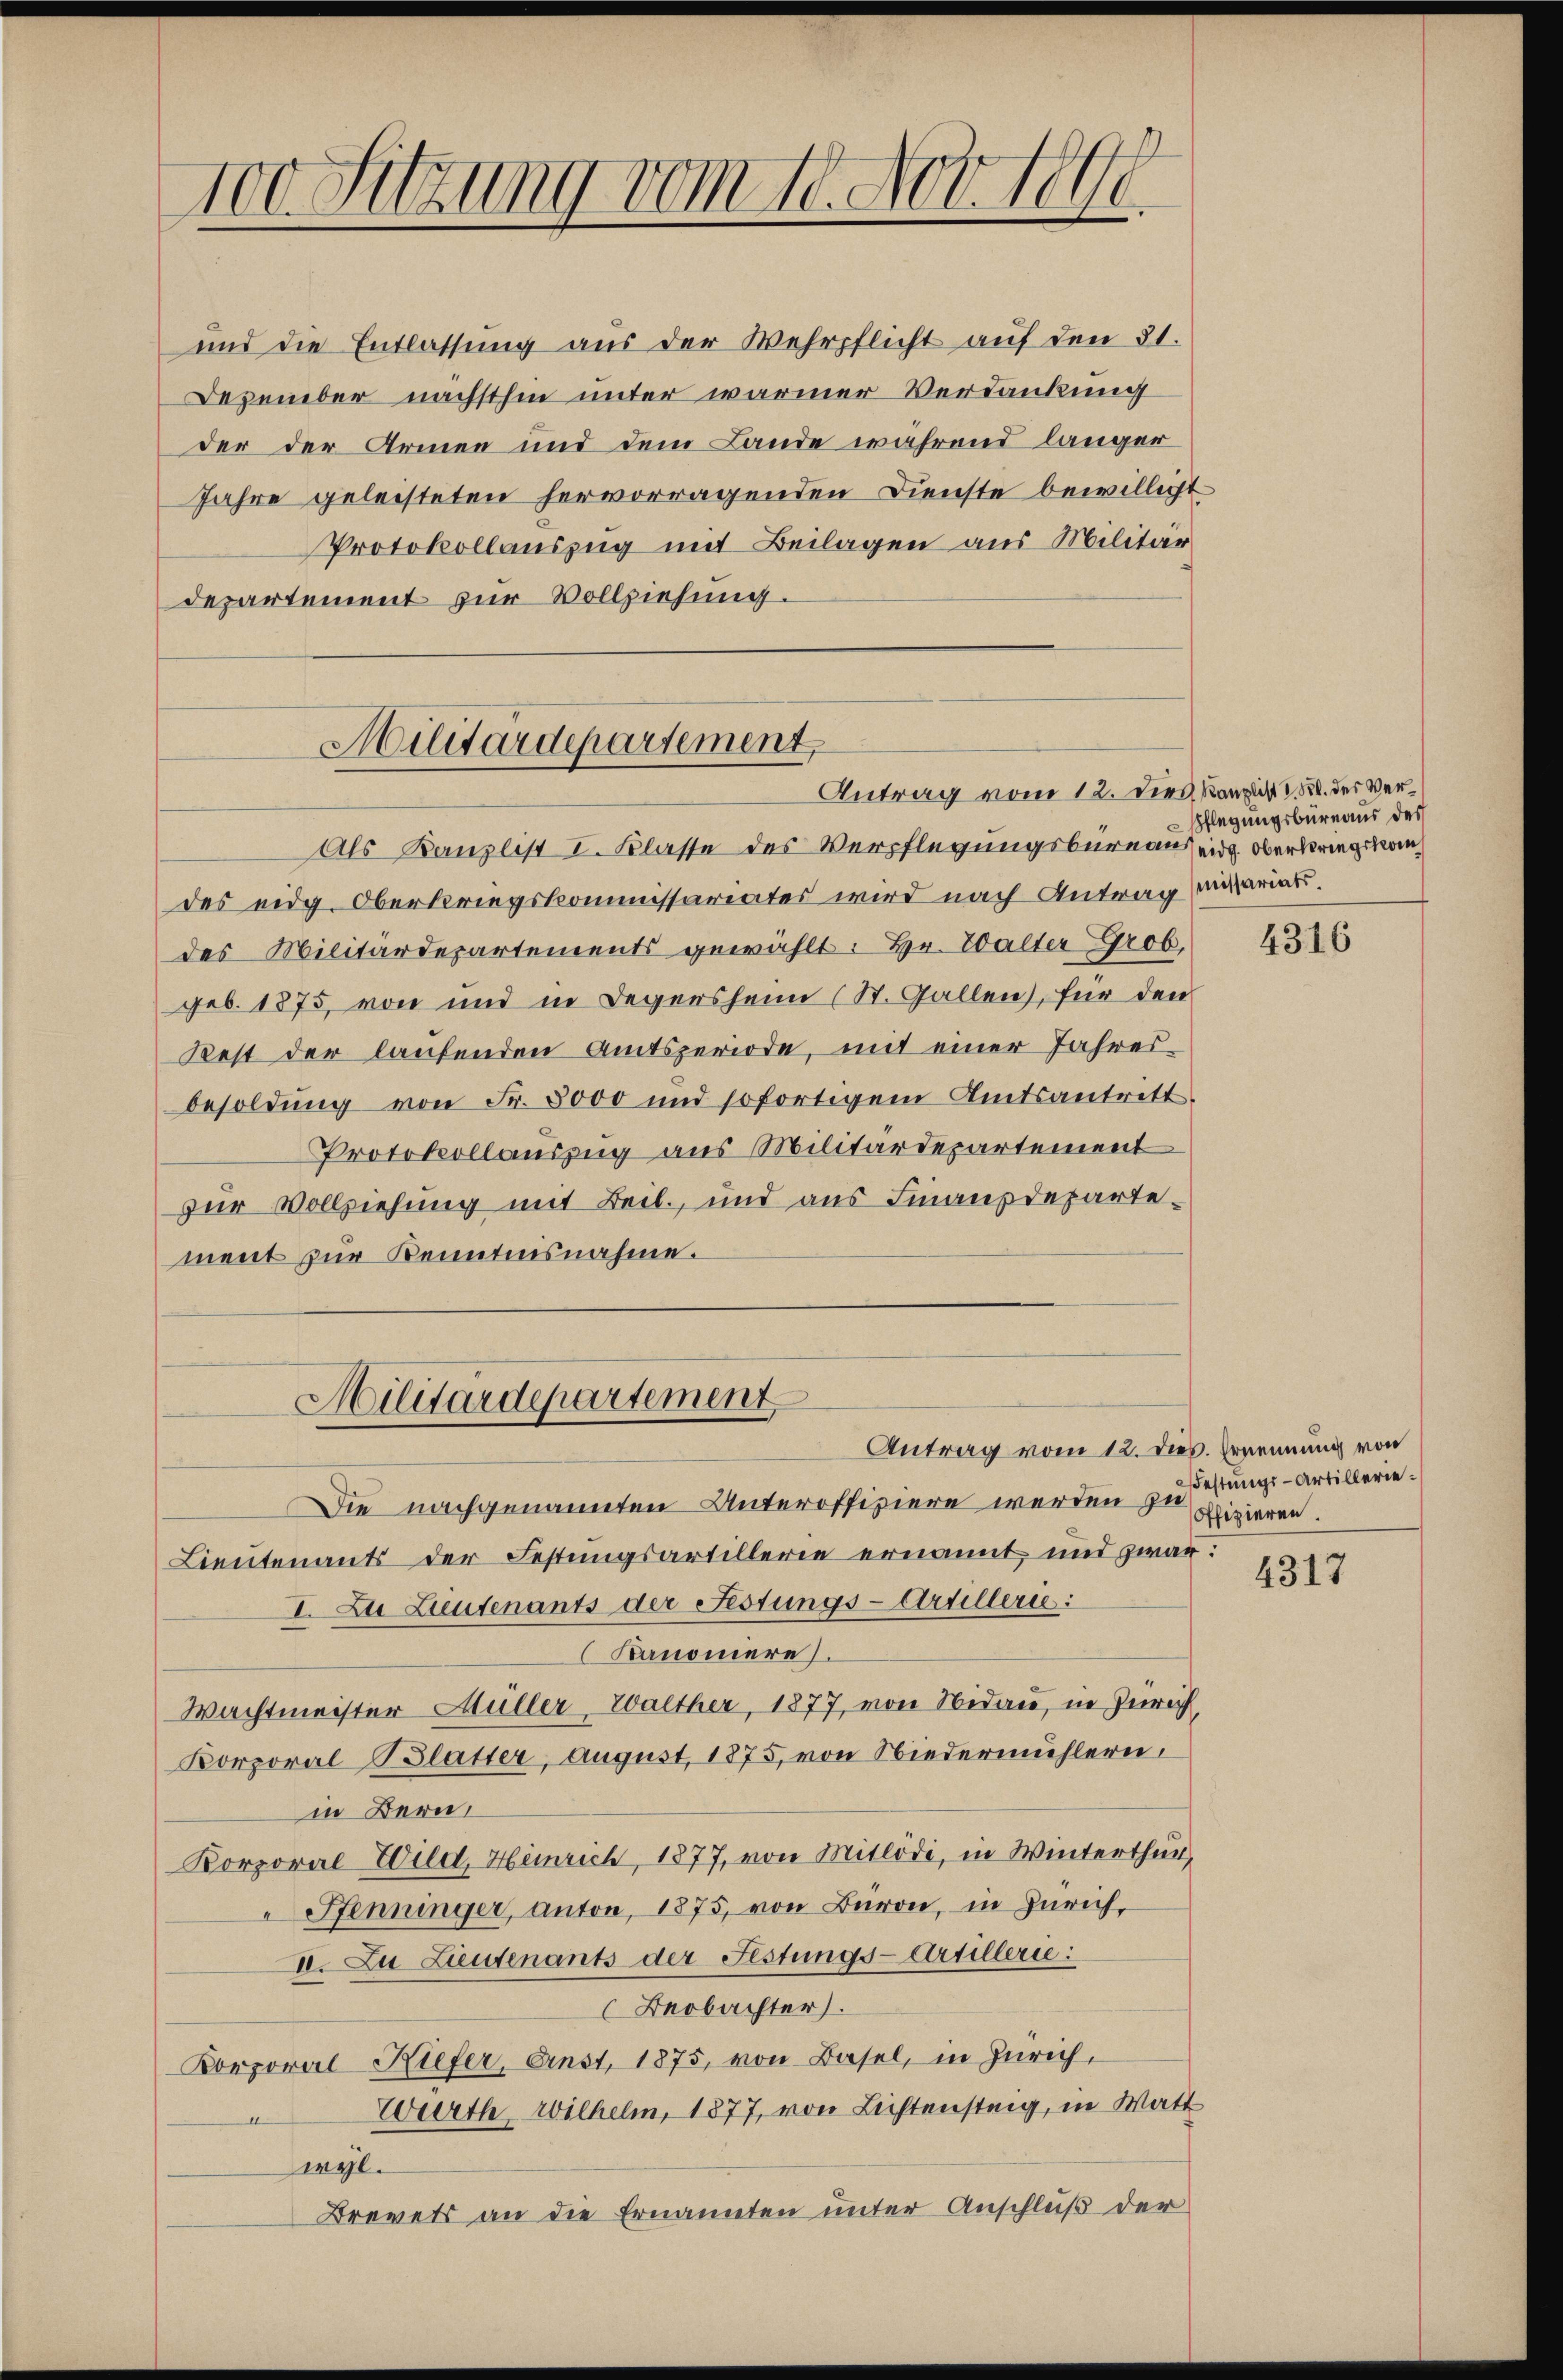
100. Sitzung vom 10. Nov. 1890.

und die Entlassung aus der Wehrpflicht auf den 31.
Dezember nächsthin unter warmer Verdankung
der der Armen und dem Lande während länger
Jahre geleisteten hervorragenden Dienste bewilligt
Protokollauszug mit Beilagen aus Militär
departement zur Vollziehung.

Militärdepartement,
Antrag vom 12. dies, Kanzlis 15. des Ver¬

Als Banzlist I. Klasse des Verpflegungsbureaus eidg. Oberkriegskomdes eidg. Oberkriegskommissariates wird nach Antrag mariatdes Militärdepartements gewählt: Hr. Walter Grob,
geb. 1875 von und in Degersheim (St. Gallen, für den
Rest der laufenden Amtsperiode, mit einer Jahresbesoldung von Fr. 3000 und sofortigem Amtsantritt
Protokollauszug aus Militärdepartement
zur Vollziehung mit Beil, und aus Finanzdepartement zŭr Kenntnisnahme.
Die nachgenannten Unteroffiziere werden zu
Lieutenants der Festungsartillerie ernannt, und zwar:
I. Zu Lieutenants der Festungs-Artillerie:
Kanoniere.
Wachtmeister Müller, Walther, 1877, von Nidau, in Zürich,
Korporal Blatter, August 1875, von Niedermühlern.
in Bern,
Korporal Wild, Heinrich, 1877, von Mitlödi, in Winterthur,
" Pfenninger, anton, 1875, von Baron, in Zürich,
II. Zu Lieutenants der Festungs-Artillerie:
Beobachter.
Korporal Kiefer, Anst, 1875, von Basel, in Zürich,
Würth Wilhelm, 1877, von Lichtensteig, in Watt
e
wyl.
Brevets an die Ernannten unter Anschluß der

Militärdepartement
Antrag vom 12. dieß. Ernennung von

Pflegungsbüreaus des

4316

Festungs-Artillerieoffizieren.

4317